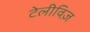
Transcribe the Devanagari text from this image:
टेलीविज़